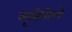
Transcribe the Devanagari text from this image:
स्मृतिशिल्पे